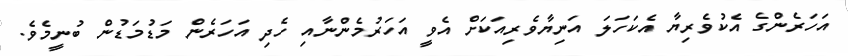
އަހަރެންގެ އެކުވެރިޔާ އެކަހަލަ އަނިޔާވެރިއަކަށް އެވީ އަހަރުމެންނާއި ހެދި އަހަރެން މަޑުމަޑުން ބުނީމެވެ.